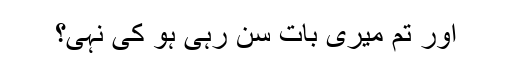
اور تم میری بات سن رہی ہو کی نہی؟